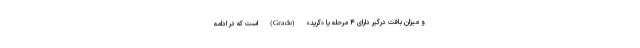
و میزان بافت درگیر دارای ۴ مرحله یا «گرید» (Grade) است که در ادامه